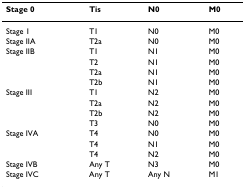
<table><thead><tr><td><b>Stage 0</b></td><td><b>Tis</b></td><td><b>N0</b></td><td><b>M0</b></td></tr></thead><tbody><tr><td>Stage 1</td><td>T1</td><td>N0</td><td>M0</td></tr><tr><td>Stage IIA</td><td>T2a</td><td>N0</td><td>M0</td></tr><tr><td>Stage IIB</td><td>T1</td><td>N1</td><td>M0</td></tr><tr><td></td><td>T2</td><td>N1</td><td>M0</td></tr><tr><td></td><td>T2a</td><td>N1</td><td>M0</td></tr><tr><td></td><td>T2b</td><td>N1</td><td>M0</td></tr><tr><td>Stage III</td><td>T1</td><td>N2</td><td>M0</td></tr><tr><td></td><td>T2a</td><td>N2</td><td>M0</td></tr><tr><td></td><td>T2b</td><td>N2</td><td>M0</td></tr><tr><td></td><td>T3</td><td>N0</td><td>M0</td></tr><tr><td>Stage IVA</td><td>T4</td><td>N0</td><td>M0</td></tr><tr><td></td><td>T4</td><td>N1</td><td>M0</td></tr><tr><td></td><td>T4</td><td>N2</td><td>M0</td></tr><tr><td>Stage IVB</td><td>Any T</td><td>N3</td><td>M0</td></tr><tr><td>Stage IVC</td><td>Any T</td><td>Any N</td><td>M1</td></tr></tbody></table>